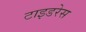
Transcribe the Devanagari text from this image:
टाइडरेस